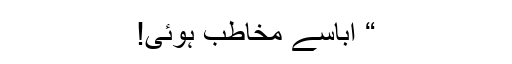
“ اباسے مخاطب ہوئی!